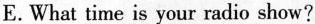
E.What time is your radio show?